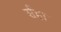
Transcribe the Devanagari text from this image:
र्सहा